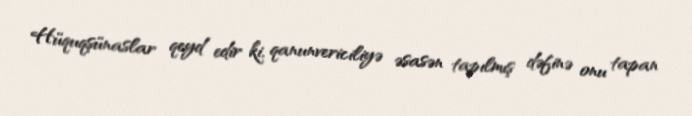
Hüquqşünaslar qeyd edir ki, qanunvericiliyə əsasən tapılmış dəfinə onu tapan